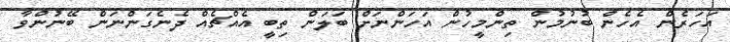
އަހަރެން އެހެން ބުނުމުން ތިންމީހުން އަހަންނަށް ބަލަން ތިބީ އެއްޗެއް ދެނެގަންނަން ބޭނުންވާ